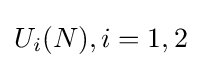
U_{i}(N),i=1,2